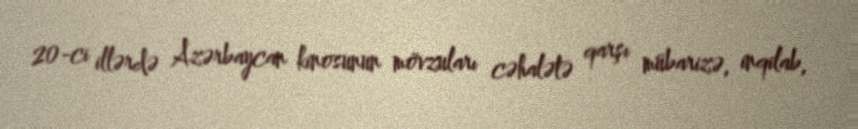
20-ci illərdə Azərbaycan kinosunun mövzuları cəhalətə qarşı mübarizə, inqilab,